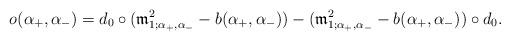
LaTeX: \begin{align*}o(\alpha_+,\alpha_-)=d_0 \circ (\frak m^{2}_{1;\alpha_+,\alpha_-} - b(\alpha_+,\alpha_-))- (\frak m^{2}_{1;\alpha_+,\alpha_-} - b(\alpha_+,\alpha_-)) \circ d_0.\end{align*}